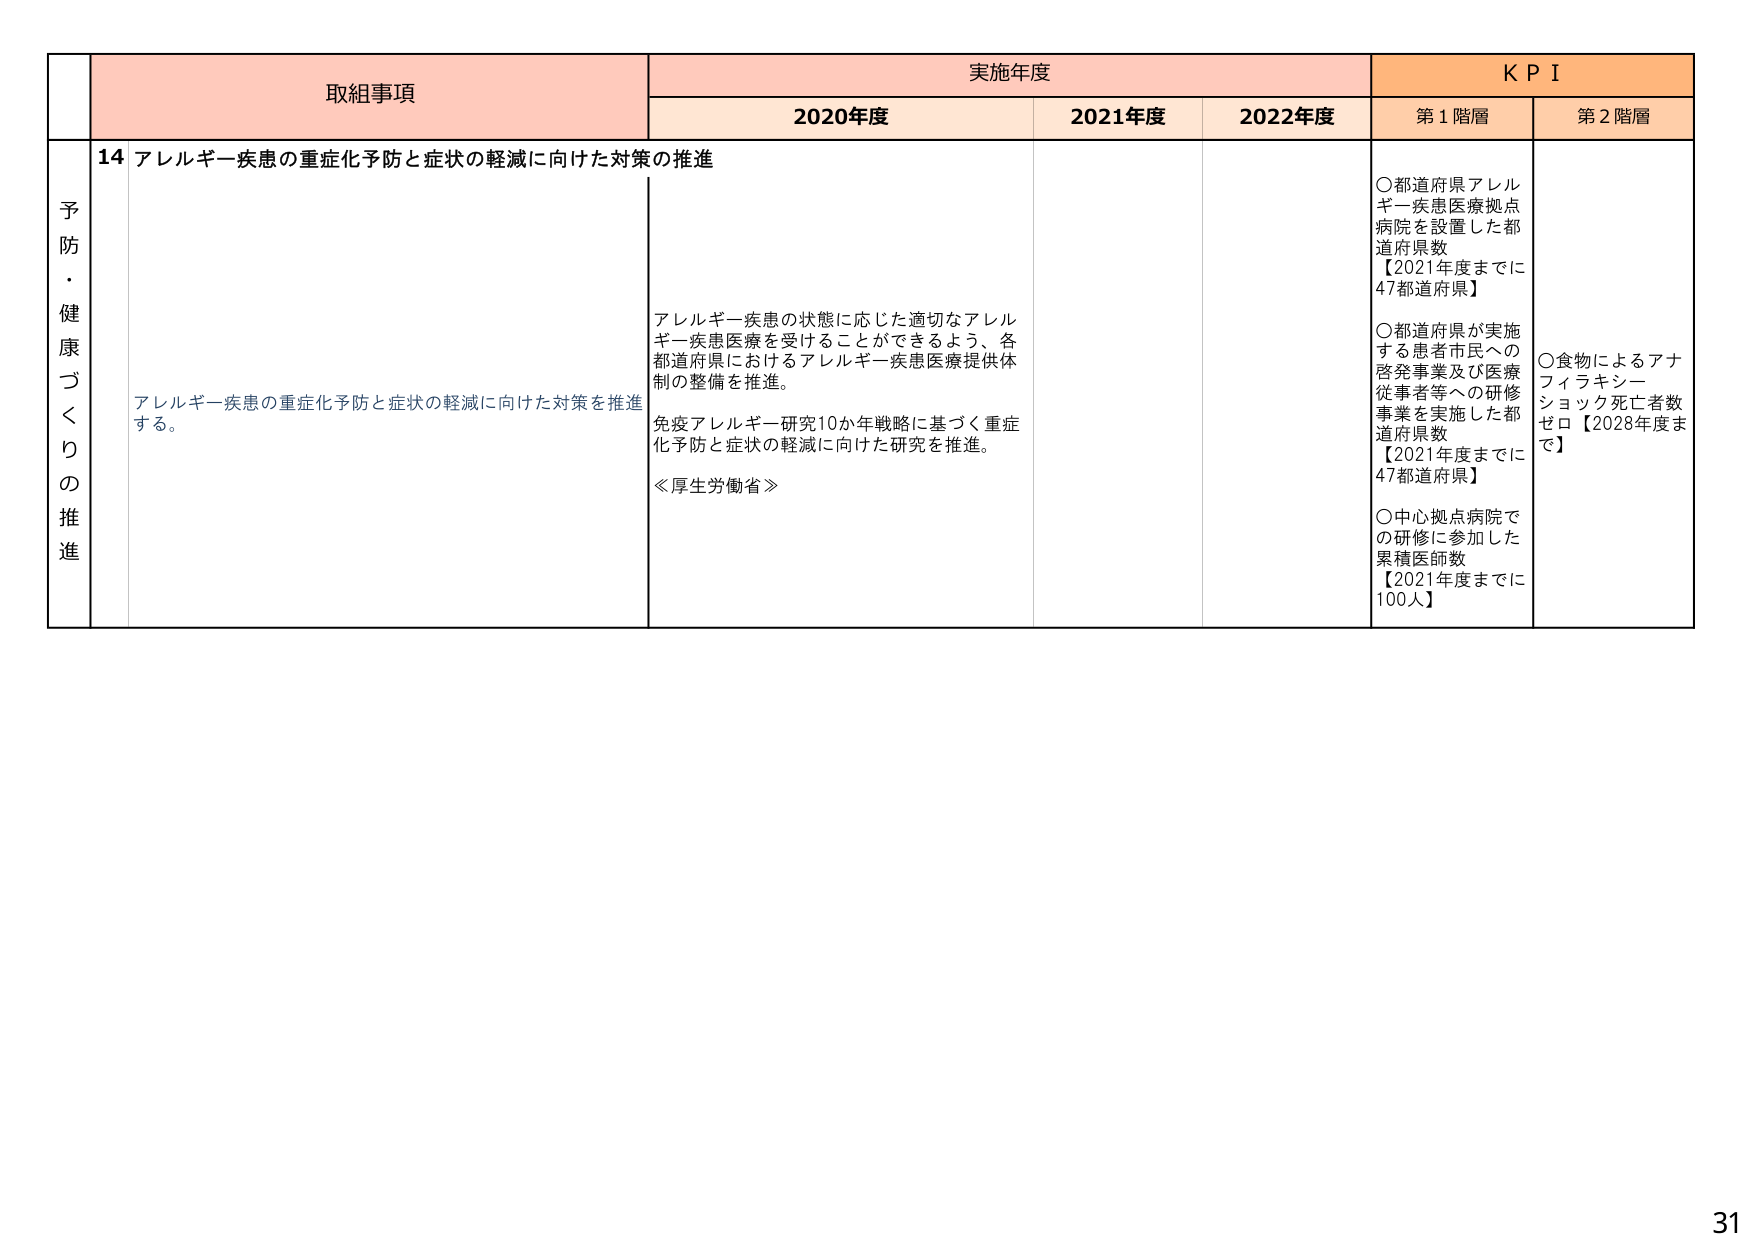
予防・健康づくりの推進
取組事項
実施年度
KPI
2020年度
2021年度
2022年度
第1階層
第2階層
14 アレルギー疾患の重症化予防と症状の軽減に向けた対策の推進
アレルギー疾患の重症化予防と症状の軽減に向けた対策を推進する。
アレルギー疾患の状態に応じた適切なアレルギー疾患医療を受けることができるよう、各都道府県におけるアレルギー疾患医療提供体制の整備を推進。
免疫アレルギー研究10か年戦略に基づく重症化予防と症状の軽減に向けた研究を推進。
≪厚生労働省≫
○都道府県アレルギー疾患医療拠点病院を設置した都道府県数
【2021年度までに47都道府県】
○都道府県が実施する患者市民への啓発事業及び医療従事者等への研修事業を実施した都道府県数
【2021年度までに47都道府県】
○中心拠点病院での研修に参加した累積医師数
【2021年度までに100人】
○食物によるアナフィラキシーショック死亡者数ゼロ【2028年度まで】
31